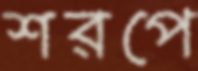
শরপে